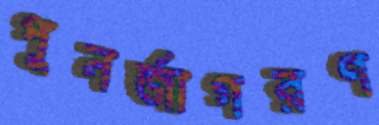
পুনর্জাগরণ